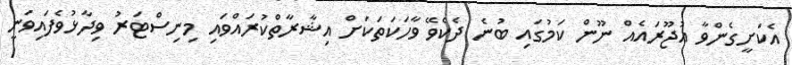
އެކަށީގެންވާ އުޖޫރައެއް ނޫން ކަމުގައި ބުނެ ދެކެވޭ ވާހަކަތަކަށް އިޝާރާތްކުރައްވައި މިނިސްޓަރު ވިދާޅުވެފައިވަނީ